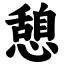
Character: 憩